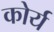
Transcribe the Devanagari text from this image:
कोर्य